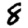
Digit: 8